Virumaa_algkoolid, lk 6
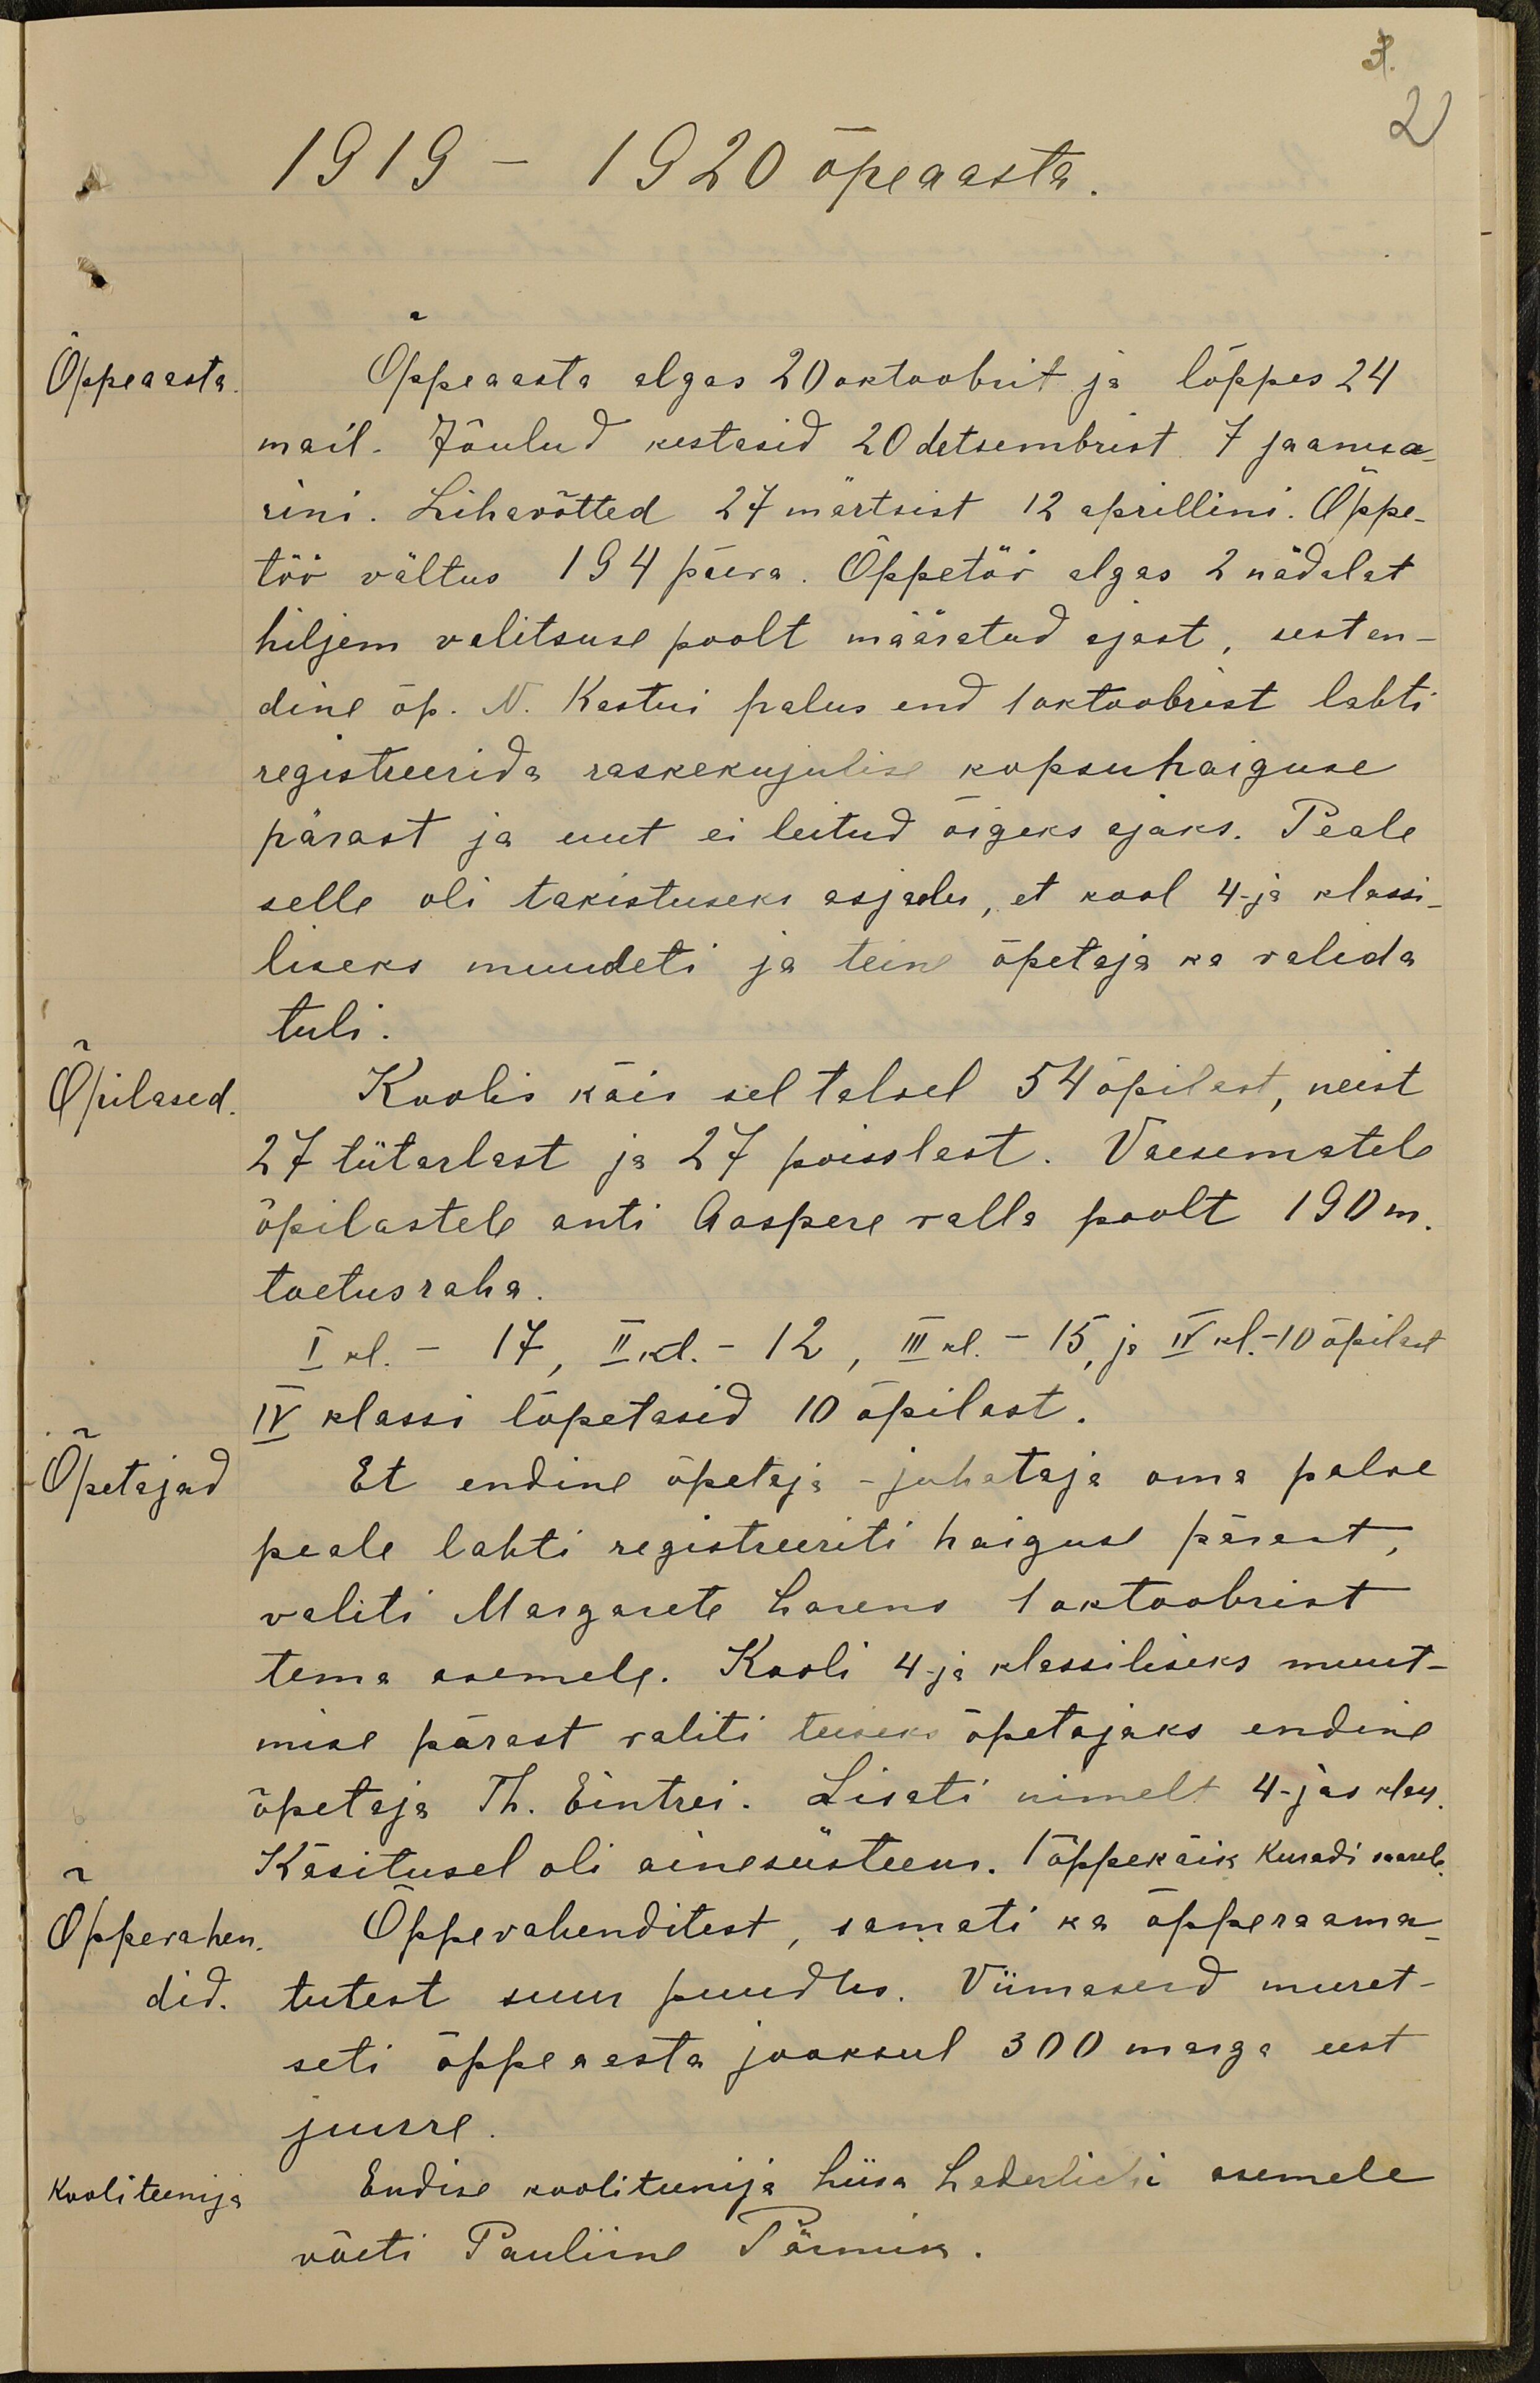
3.
2
1919 - 1920 õpeaasta.
Õppeaasta
Õpреaasta algas 20 oktoobrit ja lõppes 24
mail. Jõulud kestasid 20 detsembrist 7 jaanua-
rini. Lihavõtted 27 märtsist 12 aprillini. Õppe-
töö vältus 194 päeva. Õppetöö algas 2 nädalat
hiljem valitsuse poolt määratud ajast, eest en-
dine õp. N. Kastni palus end 1 oktoobrist lahti
registeerida raskekujulise kopsuhaiguse
pärast ja uut ei leitud õigeks ajaks. Peale
selle oli takistuseks asjaolu, et kool 4-ja klassi-
liseks muudeti ja teine õpetaja ka valida
tuli.
Õpilased.
Koolis käis sel talvel 54 õpilast, neist
27 tütarlast ja 27 poisslast. Vaesematele
õpilastele anti Aaspere valla poolt 190 m.
toetusraha.
I kl. - 17, II kl. - 12, III kl - 15, ja IV kl - 10 õpilast
IV klassi lõpetasid 10 õpilast.
Õpetajad
Et endine õpetaja - juhataja oma palve
peale lahti registreeriti haiguse pärast,
valiti Margarete Larens 1 oktoobrist
tema asemele. Kooli 4-ja klassiliseks muut-
mise pärast valiti teiseks õpetajaks endine
õpetaja Th. Eintrei. Lisati nimelt 4-jas klass
Käsitusel oli ainesüsteem. /õppekäik Kuradi saarele
Õppevahen
did.
Õppevahenditest, samati ka õpperaama-
tutest suur puudus. Viimasest muret-
seti õppeaasta jooksul 300 marga eest
juure
Kooliteenija
Endise kooliteenija Liisa Lederlichi asemele
võeti Pauliine Pärmik.